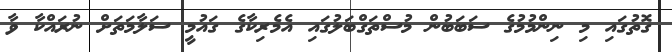
ގޮތުގައި މި ނިންމުމުގެ ސަބަބުން މުސްތަގްބަލުގައި އެމެރިކާގެ ގައުމީ ސަލާމަތަށް ނުރައްކާ ވާ